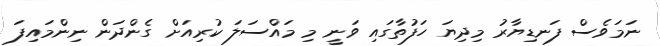
ނަމަވެސް ފަނޑިޔާރު މިދިޔަ ހަފުތާގައި ވަނީ މި މައްސަލަ ކުރިއަށް ގެންދަން ނިންމައިފަ